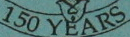
150 YEARS